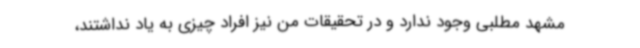
مشهد مطلبی وجود ندارد و در تحقیقات من نیز افراد چیزی به یاد نداشتند،